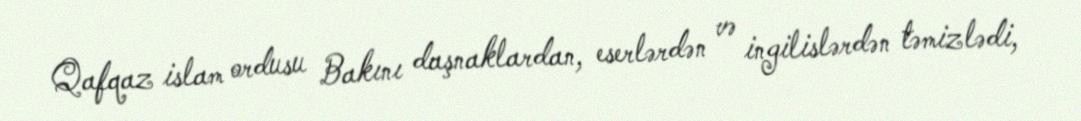
Qafqaz islam ordusu Bakını daşnaklardan, eserlərdən və ingilislərdən təmizlədi,